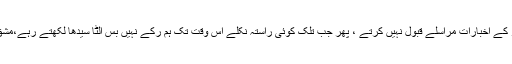
اور بغیر کمپوز کے اخبارات مراسلے قبول نہیں کرتے ، پھر جب تلک کوئی راستہ نکلے اس وقت تک ہم رکے نہیں بس الٹا سیدھا لکھتے رہے،مشق جاری رکھی۔